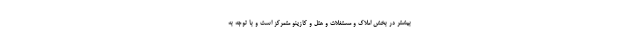
بیشتر در بخش املاک و مستغلات و هتل و کازینو متمرکز است و با توجه به